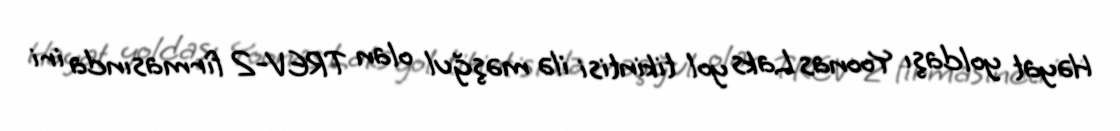
Həyat yoldaşı Yoonas Laks yol tikintisi ilə məşğul olan TREV-2 firmasında iri